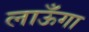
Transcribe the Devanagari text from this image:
लाऊँगा